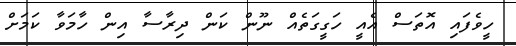
ހީވެފައި އޮތަސް އެއީ ހަގީގަތެއް ނޫން ކަން ދިރާސާ އިން ހާމަވާ ކަމަށް